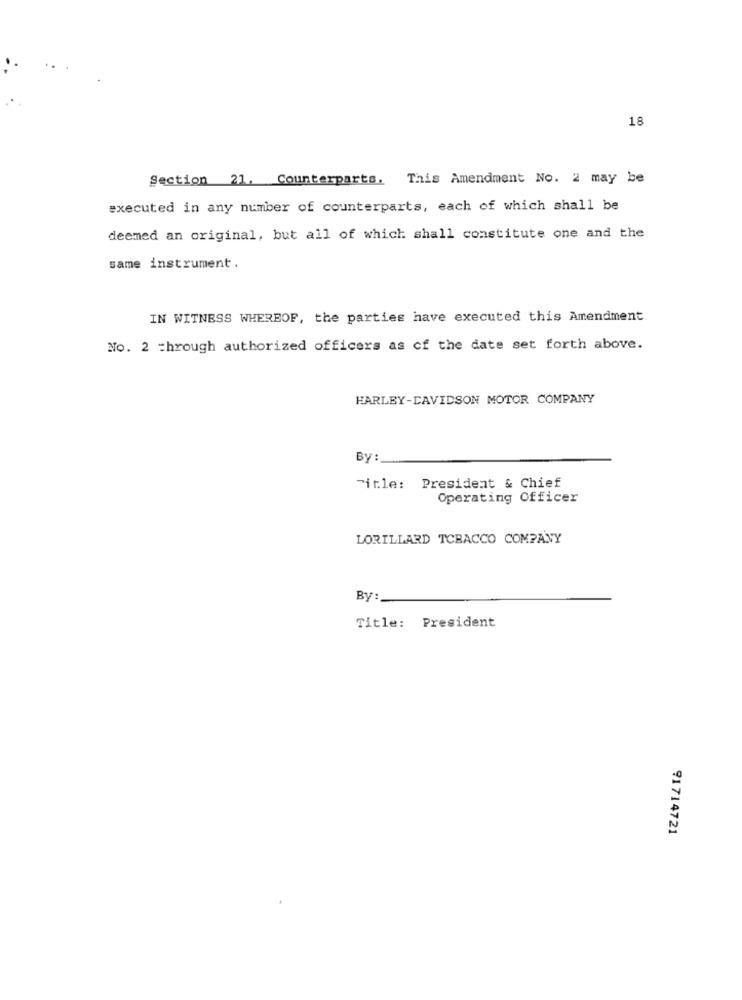
18
Section 21. Counterparts. This Amendment No. 2 may be
executed in any number of counterparts, each of which shall be
deemed an original, but all of which shall constitute one and the
same instrument .
IN WITNESS WHEREOF, the parties have executed this Amendment
No. 2 =hrough authorized officers as of the date set forth above.
HARLEY-DAVIDSON MOTOR COMPANY
By
Title: President & Chief
Operating Officer
LORILLARD TOBACCO COMPANY
By:
Title: President
91714721